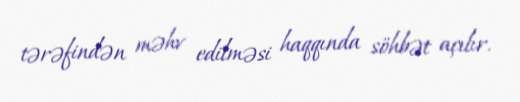
tərəfindən məhv edilməsi haqqında söhbət açılır.